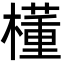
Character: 㯵